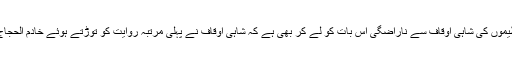
علاوہ ازیں مسلم سماجی تنظیموں کی شاہی اوقاف سے ناراضگی اس بات کو لے کر بھی ہے کہ شاہی اوقاف نے پہلی مرتبہ روایت کو توڑتے ہوئے خادم الحجاج کے قیام کا انتظام کیا ہے۔